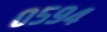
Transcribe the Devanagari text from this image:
०५९४